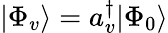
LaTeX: |\Phi_{v}\rangle=a_{v}^{\dagger}|\Phi_{0}\rangle